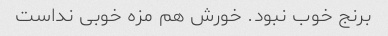
برنج خوب نبود. خورش هم مزه خوبی نداست